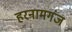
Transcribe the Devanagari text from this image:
हरनामगंज